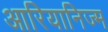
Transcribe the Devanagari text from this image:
आरियानिज्म